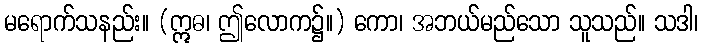
မရောက်သနည်း။ (ဣဓ၊ ဤလောက၌။) ကော၊ အဘယ်မည်သော သူသည်။ သဒါ၊